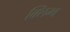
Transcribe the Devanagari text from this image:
क्लिम्ब